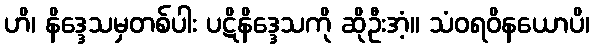
ဟိ၊ နိဒ္ဒေသမှတစ်ပါး ပဋိနိဒ္ဒေသကို ဆိုဦးအံ့။ သံဝရဝိနယောပိ၊